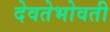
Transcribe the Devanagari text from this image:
देवतेभोवती